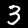
Label: 3